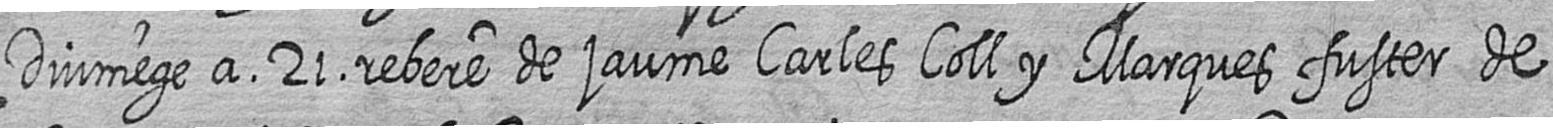
Diumege a 21 rebere de jaume Carles Coll y Marques fuster de